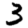
Digit: 3